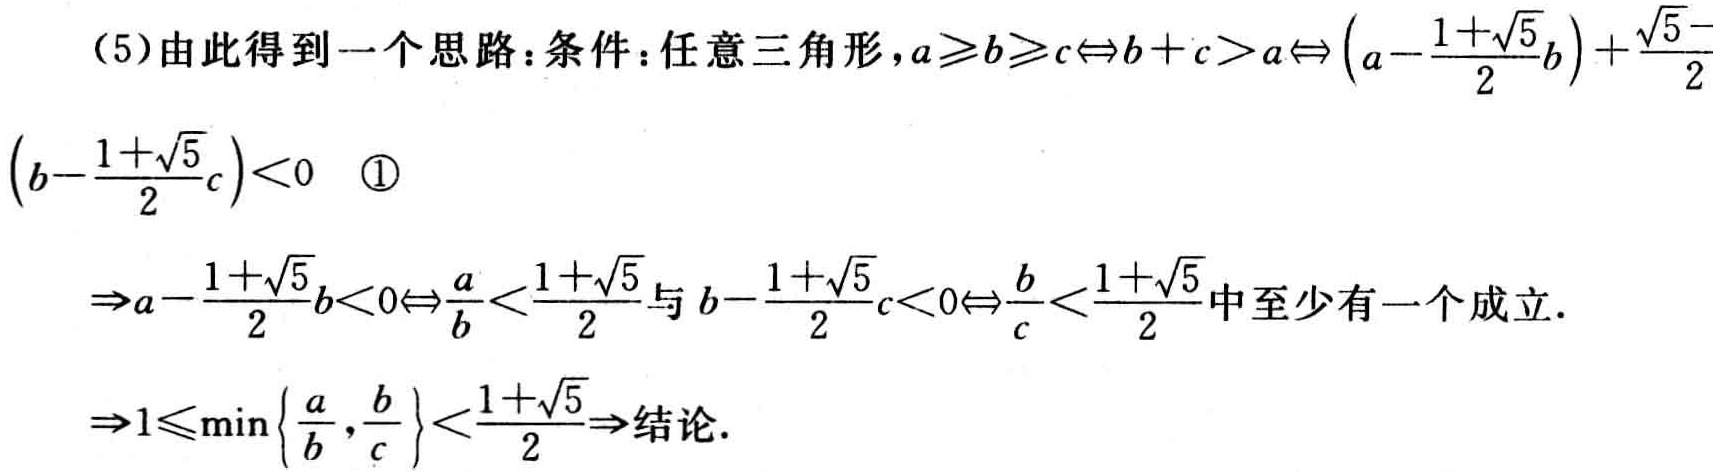
（5）由此得到一个思路：条件：任意三角形，\(a\geqslant b\geqslant c\Leftrightarrow b + c > a\Leftrightarrow \left(a - \frac{1 + \sqrt{5}}{2}b\right)+\frac{\sqrt{5}}{2}\left(b - \frac{1 + \sqrt{5}}{2}c\right)<0\) \textcircled{1}

\(\Rightarrow a - \frac{1 + \sqrt{5}}{2}b<0\Leftrightarrow\frac{a}{b}<\frac{1 + \sqrt{5}}{2}\)与\(b - \frac{1 + \sqrt{5}}{2}c<0\Leftrightarrow\frac{b}{c}<\frac{1 + \sqrt{5}}{2}\)中至少有一个成立.

\(\Rightarrow 1\leqslant\min\left\{\frac{a}{b},\frac{b}{c}\right\}<\frac{1 + \sqrt{5}}{2}\Rightarrow结论.\)